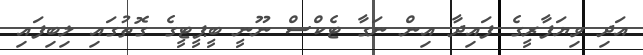
އަދި ވިޔަފާރީގެ ފައިދާ އިން ނަގާ ޓެކްސް ނޫނީ ބީޕީޓީގެ ގޮތުގައި ލިބިފައި